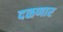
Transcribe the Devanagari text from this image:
दळणार